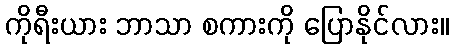
ကိုရီးယား ဘာသာ စကားကို ပြောနိုင်လား။